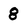
Character: 8